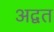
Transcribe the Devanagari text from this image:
अद्वत